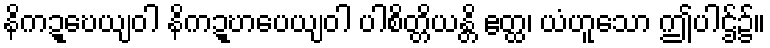
နိကဍ္ဎေယျဝါ နိကဍ္ဎာပေယျဝါ ပါစိတ္တိယန္တိ ဧတ္ထ၊ ယံဟူသော ဤပါဌ်၌။